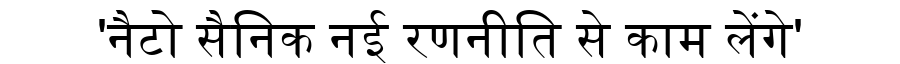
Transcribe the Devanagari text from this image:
'नैटो सैनिक नई रणनीति से काम लेंगे'